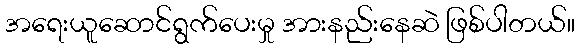
အရေးယူဆောင်ရွက်ပေးမှု အားနည်းနေဆဲ ဖြစ်ပါတယ်။